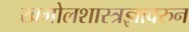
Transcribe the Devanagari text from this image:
खगोलशास्त्रज्ञावरुन